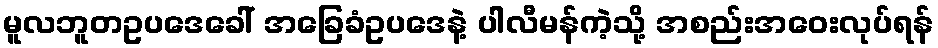
မူလဘူတဥပဒေခေါ် အခြေခံဥပဒေနဲ့ ပါလီမန်ကဲ့သို့ အစည်းအဝေးလုပ်ရန်